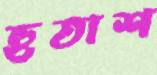
হুতাশ